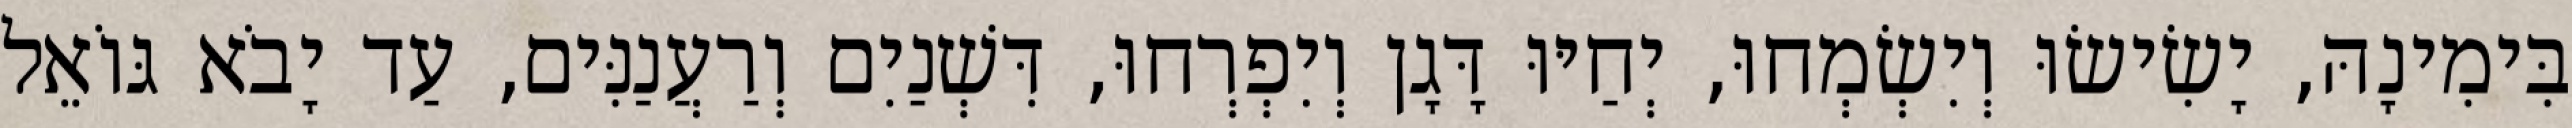
בִּימִינָהּ, יָשִׂישׂוּ וְיִשְׂמְחוּ, יְחַיּוּ דָּגָן וְיִפְרְחוּ, דִּשְׁנַיִם וְרַעֲנַנִּים, עַד יָבֹא גּוֹאֵל